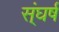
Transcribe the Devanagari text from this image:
स्ंघर्ष